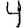
Digit: 4